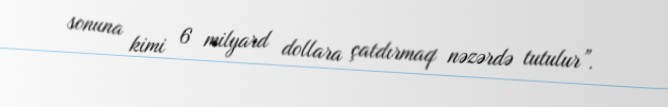
sonuna kimi 6 milyard dollara çatdırmaq nəzərdə tutulur”.